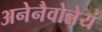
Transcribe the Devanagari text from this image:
अनेनैवोन्नेयं